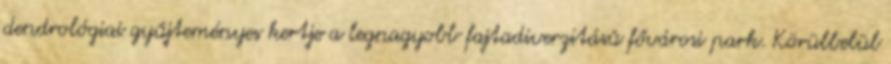
dendrológiai gyűjteményes kertje a legnagyobb fajtadiverzitású fővárosi park. Körülbelül